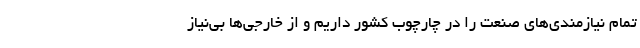
تمام نیازمندی‌های صنعت را در چارچوب کشور داریم و از خارجی‌ها بی‌نیاز